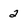
Character: 2